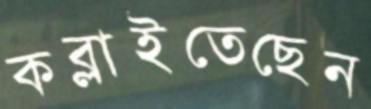
কব্‌লাইতেছেন